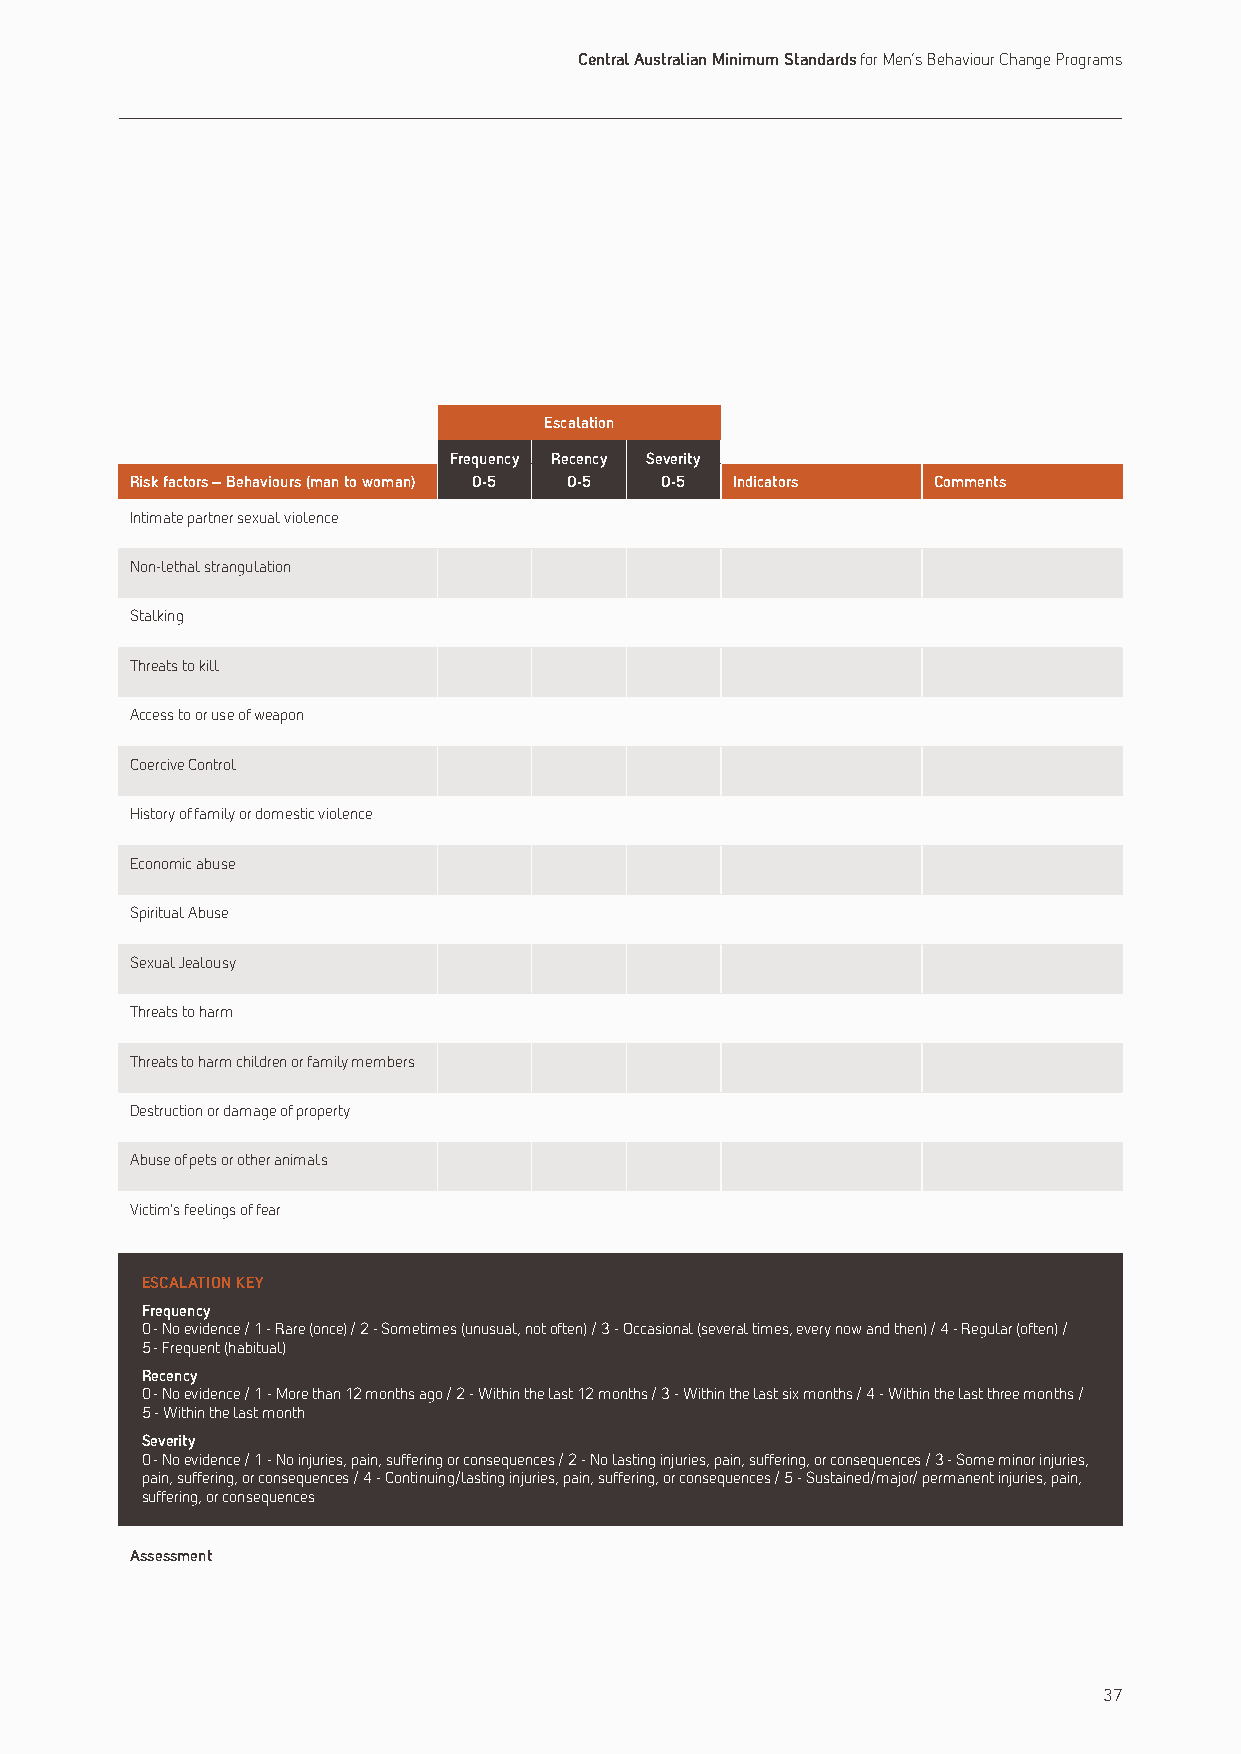
Central Australian Minimum Standards for Men’s Behaviour Change Programs
 Escalation
 Frequency Recency Severity
 Risk factors – Behaviours (man to woman) 0-5 0-5 0-5 Indicators Comments
 Intimate partner sexual violence
 Non-lethal strangulation
 Stalking
 Threats to kill
 Access to or use of weapon
 Coercive Control
 History of family or domestic violence
 Economic abuse
 Spiritual Abuse
 Sexual Jealousy
 Threats to harm
 Threats to harm children or family members
 Destruction or damage of property
 Abuse of pets or other animals
 Victim’s feelings of fear
 ESCALATION KEY
 Frequency
 0 - No evidence / 1 - Rare (once) / 2 - Sometimes (unusual, not often) / 3 - Occasional (several times, every now and then) / 4 - Regular (often) /
 5 - Frequent (habitual)
 Recency
 0 - No evidence / 1 - More than 12 months ago / 2 - Within the last 12 months / 3 - Within the last six months / 4 - Within the last three months /
 5 - Within the last month
 Severity
 0 - No evidence / 1 - No injuries, pain, suffering or consequences / 2 - No lasting injuries, pain, suffering, or consequences / 3 - Some minor injuries,
 pain, suffering, or consequences / 4 - Continuing/lasting injuries, pain, suffering, or consequences / 5 - Sustained/major/ permanent injuries, pain,
 suffering, or consequences
 Assessment
 37